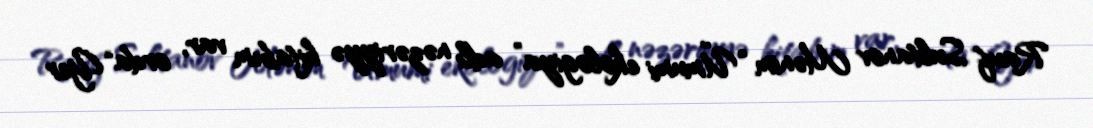
Rauf Sultanov Mənim “Ümumi ekologiya” adlı nəzəriyyə kitabım var, orda “Yer